Papers set at the Examination for Leaving Certificates, 1893
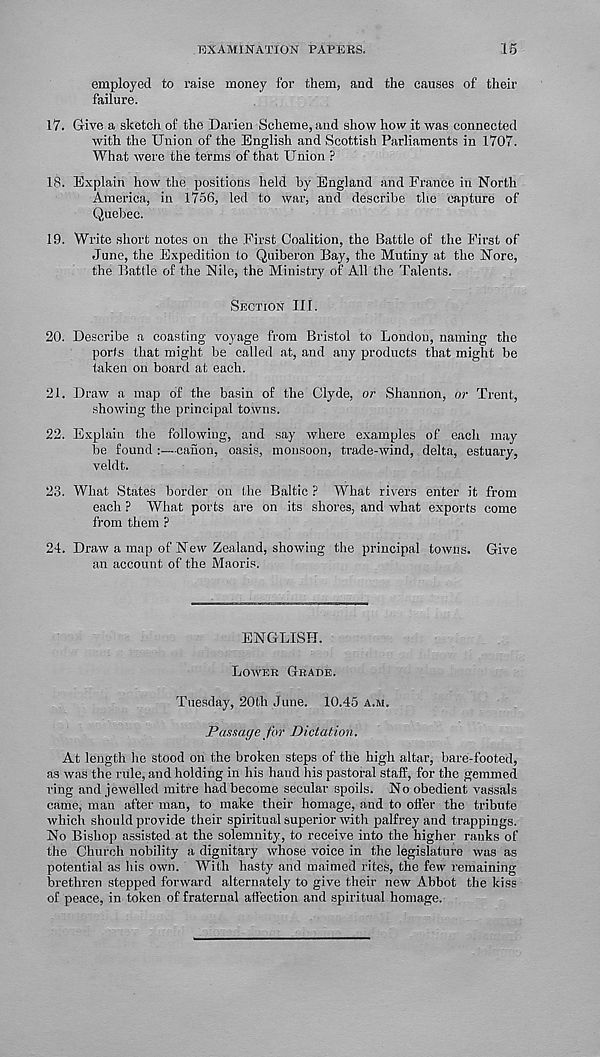
EXAMINATION PAPERS.
15
employed to raise money for them, and the causes of their
failure.
17. Give a sketch of the Darien Scheme, and show how it was connected
with the Union of the English and Scottish Parliaments in 1707.
What were the terms of that Union ?
18. Explain how the positions held by England and France in North
America, in 1756, led to Avar, and describe the capture of
Quebec.
19. Write short notes on the First Coalition, the Battle of the First of
June, the Expedition to Quiberon Bay, the Mutiny at the Nore,
the Battle of the Nile, the Ministry of All the Talents.
SECTION III.
20. Describe a coasting voyage from Bristol to London, naming the
ports that might be called at, and any products that might be
taken on board at each.
21. Draw a map of the basin of the Clyde, or Shannon, or Trent,
showing the principal towns.
22. Explain the following, and say where examples of each may
be found :—canon, oasis, monsoon, trade-wind, delta, estuary,
veldt.
23. What States border on the Baltic ? What rivers enter it from
each ? What ports are on its shores, and what exports come
from them F
24. DraAV a map of New Zealand, shoiving the principal toAvus. Give
an account of the Maoris.
ENGLISH.
LOWER GRADE.
Tuesday, 20th June. 10.45 A.M.
Passage for Dictation.
At length he stood on the broken steps of the high altar, bare-footed,
as Avas the rule, and holding in his hand his pastoral staff, for the gemmed
ring and jeivelled mitre had become secular spoils. No obedient vassals
came, man after man, to make their homage, and to oft'er the tribute
which should provide their spiritual superior with palfrey and trappings.
No Bishop assisted at the solemnity, to receive into the higher ranks of
the Church nobility a dignitary whose voice in the legislature was as
potential as his own. With hasty and maimed rites, the few remaining
brethren stepped forward alternately to give their new Abbot the kiss
of peace, in token of fraternal affection and spiritual homage.